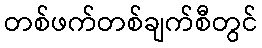
တစ်ဖက်တစ်ချက်စီတွင်